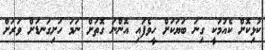
ކުޅިކޮށް ކެއުމަކީ ގިނަ ބަޔަކަށް ހީވެފައި އޮންނަ ގޮތަށް ނަމަ ހަށިގަނޑަށް ވަރަށް